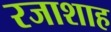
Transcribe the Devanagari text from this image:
रजाशाह